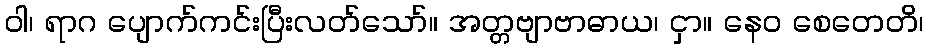
ဝါ၊ ရာဂ ပျောက်ကင်းပြီးလတ်သော်။ အတ္တဗျာဗာဓာယ၊ ငှာ။ နေဝ စေတေတိ၊